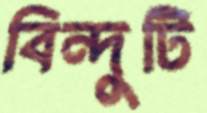
বিন্দুটি